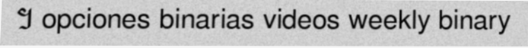
។ opciones binarias videos weekly binary